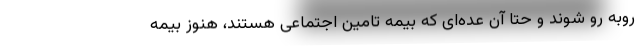
روبه رو شوند و حتا آن عده‌ای که بیمه تامین اجتماعی هستند، هنوز بیمه